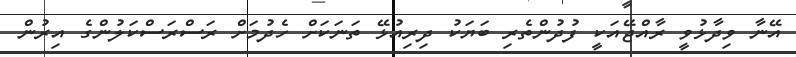
އޭނާ ވިދާޅުވީ ރާއްޖޭއަކީ ފުދުންތެރި ބަޔަކު ދިރިއުޅޭ ތަނަކަށް ހެދުމަށް ރަސްރަސްކަލުންގެ އިރުން